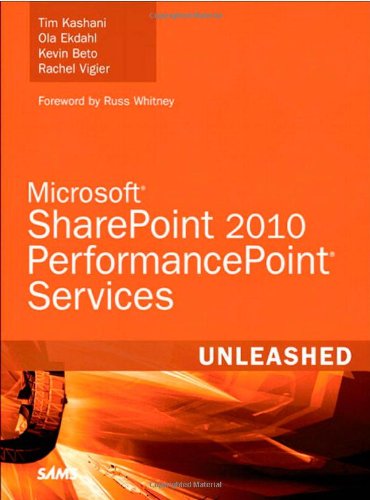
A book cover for Microsoft SharePoint 2010 PerformancePoint Services Unleashed; Tim Kashani; Computers & Technology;